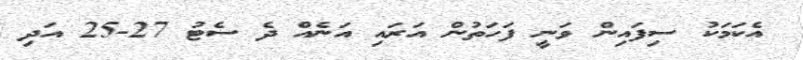
އެކަމަކު ސިފައިން ވަނީ ފަހަތުން އަރައި އަނެއް ދެ ސެޓު 27-25 އަދި